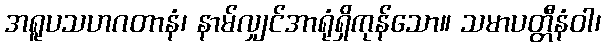
အရူပသဟဂတာနံ၊ နာမ်လျှင်အာရုံရှိကုန်သော။ သမာပတ္တီနံဝါ၊